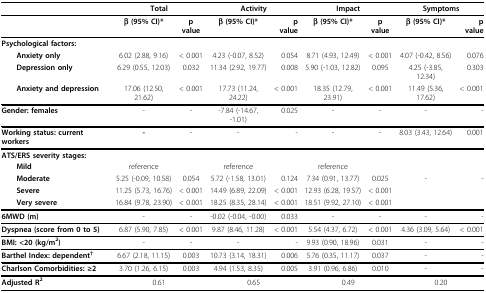
<table><thead><tr><td></td><td colspan="2"><b>Total</b></td><td colspan="2"><b>Activity</b></td><td colspan="2"><b>Impact</b></td><td colspan="2"><b>Symptoms</b></td></tr></thead><tbody><tr><td></td><td><b>β (95% CI)*</b></td><td><b>p value</b></td><td><b>β (95% CI)*</b></td><td><b>p value</b></td><td><b>β (95% CI)*</b></td><td><b>p value</b></td><td><b>β (95% CI)*</b></td><td><b>p value</b></td></tr><tr><td><b>Psychological factors:</b></td><td></td><td></td><td></td><td></td><td></td><td></td><td></td><td></td></tr><tr><td> <b>Anxiety only</b></td><td>6.02 (2.88, 9.16)</td><td>&lt; 0.001</td><td>4.23 (-0.07, 8.52)</td><td>0.054</td><td>8.71 (4.93, 12.49)</td><td>&lt; 0.001</td><td>4.07 (-0.42, 8.56)</td><td>0.076</td></tr><tr><td> <b>Depression only</b></td><td>6.29 (0.55, 12.03)</td><td>0.032</td><td>11.34 (2.92, 19.77)</td><td>0.008</td><td>5.90 (-1.03, 12.82)</td><td>0.095</td><td>4.25 (-3.85, 12.34)</td><td>0.303</td></tr><tr><td> <b>Anxiety and depression</b></td><td>17.06 (12.50, 21.62)</td><td>&lt; 0.001</td><td>17.73 (11.24, 24.22)</td><td>&lt; 0.001</td><td>18.35 (12.79, 23.91)</td><td>&lt; 0.001</td><td>11.49 (5.36, 17.62)</td><td>&lt; 0.001</td></tr><tr><td><b>Gender: females</b></td><td>-</td><td>-</td><td>-7.84 (-14.67, -1.01)</td><td>0.025</td><td>-</td><td>-</td><td>-</td><td>-</td></tr><tr><td><b>Working status: current workers</b></td><td><b>-</b></td><td>-</td><td>-</td><td>-</td><td>-</td><td>-</td><td>8.03 (3.43, 12.64)</td><td>0.001</td></tr><tr><td><b>ATS/ERS severity stages:</b></td><td></td><td></td><td></td><td></td><td></td><td></td><td></td><td></td></tr><tr><td> <b>Mild</b></td><td>reference</td><td></td><td>reference</td><td></td><td>reference</td><td></td><td></td><td></td></tr><tr><td> <b>Moderate</b></td><td>5.25 (-0.09, 10.58)</td><td>0.054</td><td>5.72 (-1.58, 13.01)</td><td>0.124</td><td>7.34 (0.91, 13.77)</td><td>0.025</td><td>-</td><td>-</td></tr><tr><td> <b>Severe</b></td><td>11.25 (5.73, 16.76)</td><td>&lt; 0.001</td><td>14.49 (6.89, 22.09)</td><td>&lt; 0.001</td><td>12.93 (6.28, 19.57)</td><td>&lt; 0.001</td><td></td><td></td></tr><tr><td> <b>Very severe</b></td><td>16.84 (9.78, 23.90)</td><td>&lt; 0.001</td><td>18.25 (8.35, 28.14)</td><td>&lt; 0.001</td><td>18.51 (9.92, 27.10)</td><td>&lt; 0.001</td><td></td><td></td></tr><tr><td><b>6MWD (m)</b></td><td>-</td><td>-</td><td>-0.02 (-0.04, -0.00)</td><td>0.033</td><td>-</td><td>-</td><td>-</td><td>-</td></tr><tr><td><b>Dyspnea (score from 0 to 5)</b></td><td>6.87 (5.90, 7.85)</td><td>&lt; 0.001</td><td>9.87 (8.46, 11.28)</td><td>&lt; 0.001</td><td>5.54 (4.37, 6.72)</td><td>&lt; 0.001</td><td>4.36 (3.09, 5.64)</td><td>&lt; 0.001</td></tr><tr><td><b>BMI: &lt;20 (kg/m<sup>2</sup>)</b></td><td>-</td><td>-</td><td>-</td><td>-</td><td>9.93 (0.90, 18.96)</td><td>0.031</td><td>-</td><td>-</td></tr><tr><td><b>Barthel Index: dependent<sup>†</sup></b></td><td>6.67 (2.18, 11.15)</td><td>0.003</td><td>10.73 (3.14, 18.31)</td><td>0.006</td><td>5.76 (0.35, 11.17)</td><td>0.037</td><td>-</td><td>-</td></tr><tr><td><b>Charlson Comorbidities: ≥2</b></td><td>3.70 (1.26, 6.15)</td><td>0.003</td><td>4.94 (1.53, 8.35)</td><td>0.005</td><td>3.91 (0.96, 6.86)</td><td>0.010</td><td>-</td><td>-</td></tr><tr><td><b>Adjusted R<sup>2</sup></b></td><td colspan="2">0.61</td><td colspan="2">0.65</td><td colspan="2">0.49</td><td colspan="2">0.20</td></tr></tbody></table>